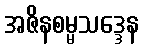
အဇိနစမ္မသဒ္ဒေန